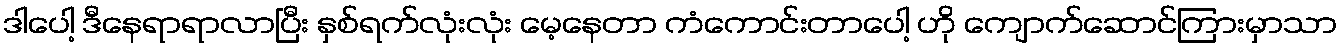
ဒါပေါ့ ဒီနေရာရာလာပြီး နှစ်ရက်လုံးလုံး မေ့နေတာ ကံကောင်းတာပေါ့ ဟို ကျောက်ဆောင်ကြားမှာသာ